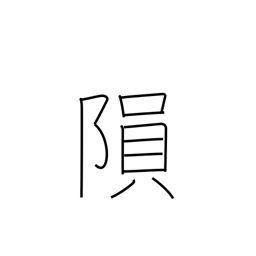
Meaning: fall